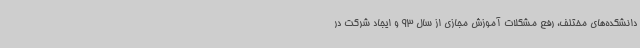
دانشکده‌های مختلف، رفع مشکلات آموزش مجازی از سال 93 و ایجاد شرکت در